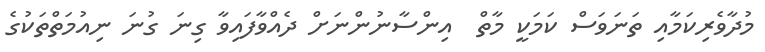
މުދާވެރިކަމާއި ތަނަވަސް ކަމަކީ މާތް  އިންސާނުންނަށް ދެއްވާފައިވާ ގިނަ ގުނަ ނިއުމަތްތަކުގެ